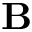
\mathbf { B }